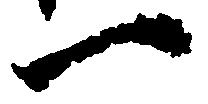
一